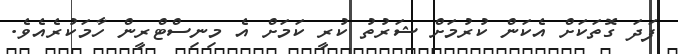
ފަދަ ގޮތަކަށް އެކަން ކުރުމަށް ޝަރުތު ކުރީ ކަމަށް އެ މިނިސްޓްރީން ހާމަކުރެއެވެ.